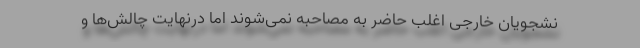
نشجویان خارجی اغلب حاضر به مصاحبه نمی‌شوند اما درنهایت چالش‌ها و